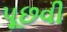
પૂછવી